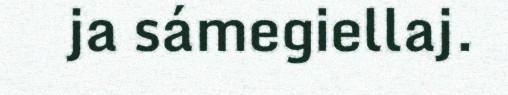
ja sámegiellaj.